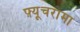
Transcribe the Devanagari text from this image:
फ़्यूचरामा